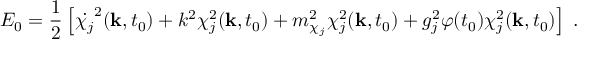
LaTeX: E _ { 0 } = \frac { 1 } { 2 } \left[ \dot { \chi _ { j } } ^ { 2 } ( { \bf k } , t _ { 0 } ) + k ^ { 2 } \chi _ { j } ^ { 2 } ( { \bf k } , t _ { 0 } ) + m _ { \chi _ { j } } ^ { 2 } \chi _ { j } ^ { 2 } ( { \bf k } , t _ { 0 } ) + g _ { j } ^ { 2 } \varphi ( t _ { 0 } ) \chi _ { j } ^ { 2 } ( { \bf k } , t _ { 0 } ) \right] \; .